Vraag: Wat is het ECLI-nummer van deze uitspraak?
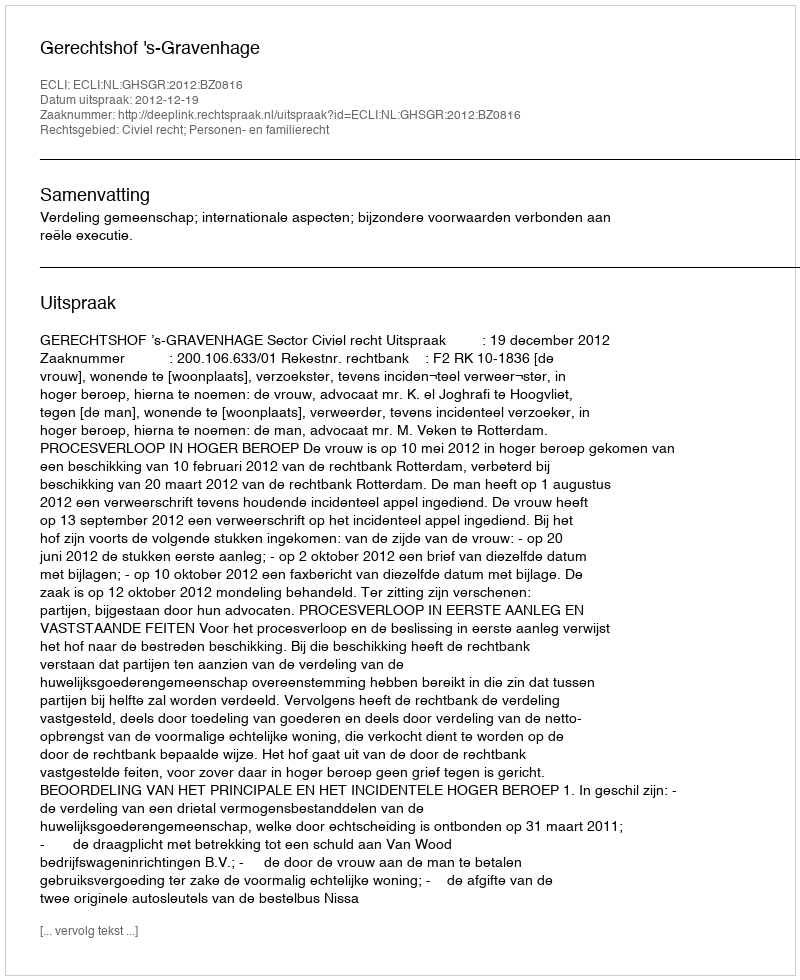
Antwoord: ECLI:NL:GHSGR:2012:BZ0816